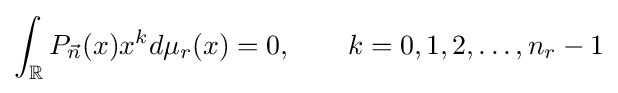
\int _{\mathbb {R} }P_{\vec {n}}(x)x^{k}d\mu _{r}(x)=0,\qquad k=0,1,2,\dots ,n_{r}-1